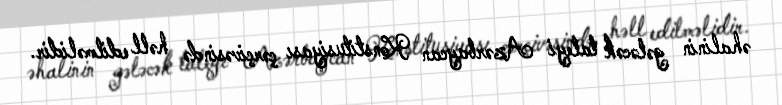
əhalinin gələcək taleyi Azərbaycan Konstitusiyası çərçivəsində həll edilməlidir.